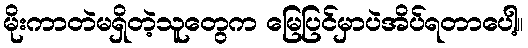
မိုးကာတဲမရှိတဲ့သူတွေက မြေပြင်မှာပဲအိပ်ရတာပေါ့။